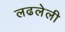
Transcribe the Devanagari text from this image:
लढलेली